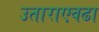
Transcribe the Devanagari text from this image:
उताराएवढा